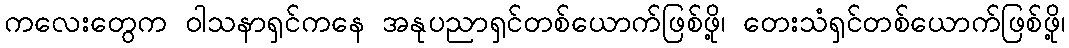
ကလေးတွေက ဝါသနာရှင်ကနေ အနုပညာရှင်တစ်ယောက်ဖြစ်ဖို့၊ တေးသံရှင်တစ်ယောက်ဖြစ်ဖို့၊